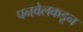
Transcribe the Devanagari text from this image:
पनवेलकडून